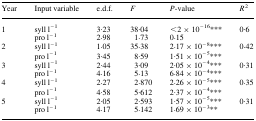
<table><thead><tr><td><b>Year</b></td><td><b>Input variable</b></td><td><b>e.d.f.</b></td><td><b><i>F</i></b></td><td><b><i>P</i>-value</b></td><td><b><i>R</i><sup>2</sup></b></td></tr></thead><tbody><tr><td rowspan="2">1</td><td>syll l<sup>–1</sup></td><td>3·23</td><td>38·04</td><td>&lt;2 × 10<sup>–16</sup>***</td><td rowspan="2">0·6</td></tr><tr><td>pro l<sup>–1</sup></td><td>2·98</td><td>1·73</td><td>0·15</td></tr><tr><td rowspan="2">2</td><td>syll l<sup>–1</sup></td><td>1·05</td><td>35·38</td><td>2·17 × 10<sup>–8</sup>***</td><td rowspan="2">0·42</td></tr><tr><td>pro l<sup>–1</sup></td><td>3·45</td><td>8·59</td><td>1·51 × 10<sup>–5</sup>***</td></tr><tr><td rowspan="2">3</td><td>syll l<sup>–1</sup></td><td>2·44</td><td>3·09</td><td>2·05 × 10<sup>–4</sup>***</td><td rowspan="2">0·31</td></tr><tr><td>pro l<sup>–1</sup></td><td>4·16</td><td>5·13</td><td>6·84 × 10<sup>–4</sup>***</td></tr><tr><td rowspan="2">4</td><td>syll l<sup>–1</sup></td><td>2·27</td><td>2·870</td><td>2·26 × 10<sup>–5</sup>***</td><td rowspan="2">0·35</td></tr><tr><td>pro l<sup>–1</sup></td><td>4·58</td><td>5·612</td><td>2·37 × 10<sup>–4</sup>***</td></tr><tr><td rowspan="2">5</td><td>syll l<sup>–1</sup></td><td>2·05</td><td>2·593</td><td>1·57 × 10<sup>–5</sup>***</td><td rowspan="2">0·31</td></tr><tr><td>pro l<sup>–1</sup></td><td>4·17</td><td>5·142</td><td>1·69 × 10<sup>–3</sup>**</td></tr></tbody></table>